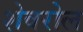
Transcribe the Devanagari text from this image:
शेवरोल